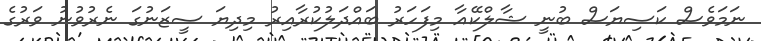
ނަމަވެސް ކަސިޔަސް ބުނީ ޝާލްކޭއާ މިފަހަރު ބައްދަލުކުރާއިރު މިދިޔަ ސީޒަނުގަ ނެރުވުނު ވަރުގެ